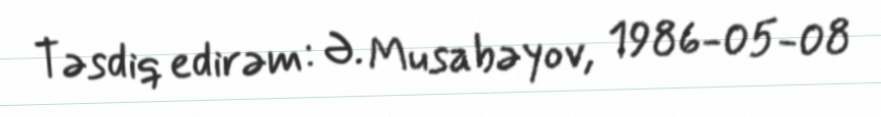
Təsdiq edirəm: Ə. Musabəyov, 1986-05-08